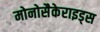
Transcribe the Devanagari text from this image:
मोनोसैकेराइड्स